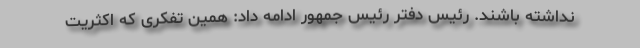
نداشته باشند. رئیس دفتر رئیس جمهور ادامه داد: همین تفکری که اکثریت